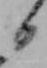
日